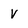
Character: v